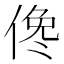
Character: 𠋂